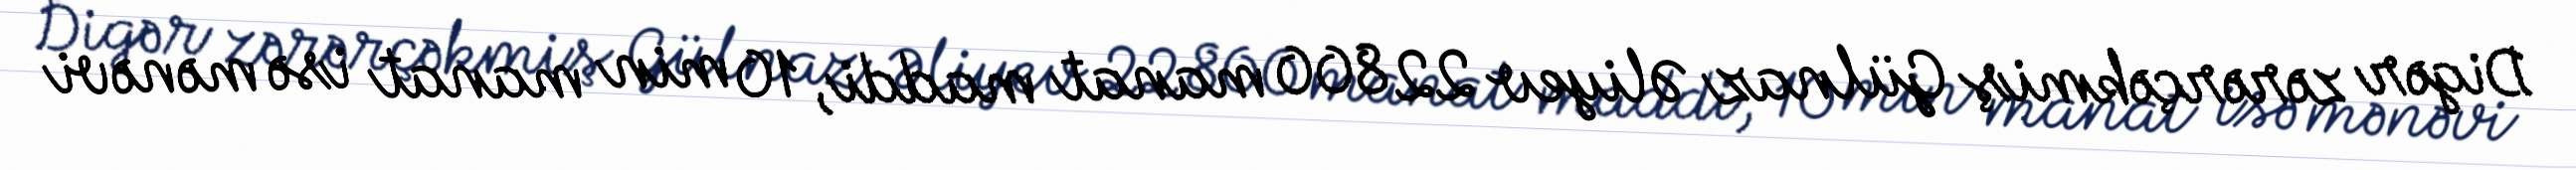
Digər zərərçəkmiş Gülnaz Əliyev 22 800 manat maddi, 10 min manat isə mənəvi